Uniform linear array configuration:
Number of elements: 12
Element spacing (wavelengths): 0.25
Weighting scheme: kaiser
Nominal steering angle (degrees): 15
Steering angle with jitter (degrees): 14.131
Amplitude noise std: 0.05
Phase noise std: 0.05

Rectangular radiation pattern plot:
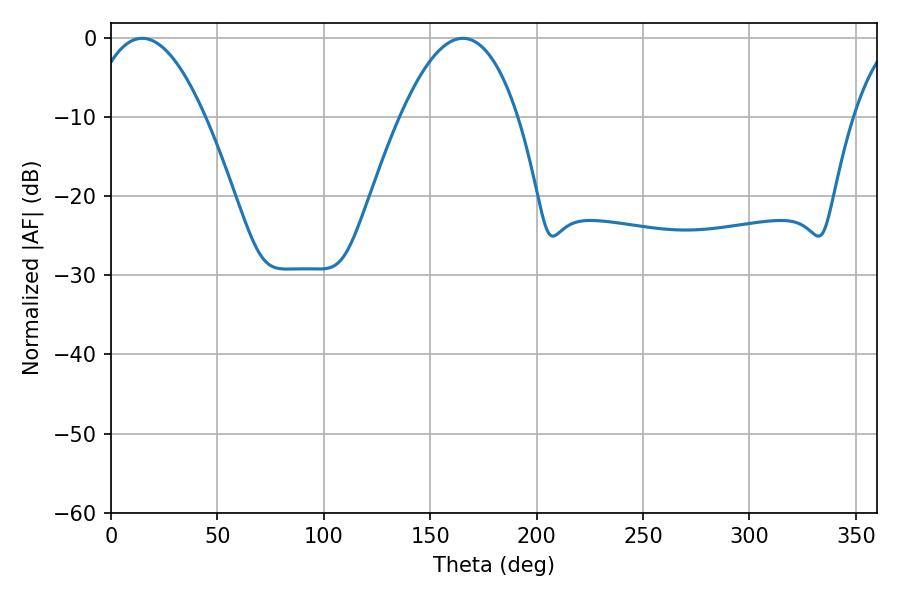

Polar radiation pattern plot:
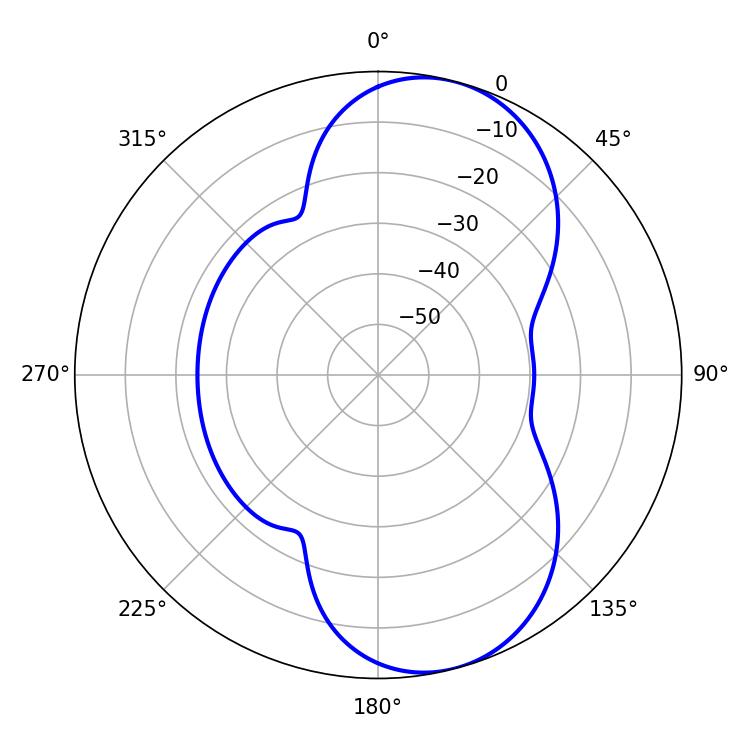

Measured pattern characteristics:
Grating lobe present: FALSE
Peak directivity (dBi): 8.276
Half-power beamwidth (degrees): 30.42
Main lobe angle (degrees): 14.58